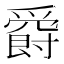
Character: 𤔸